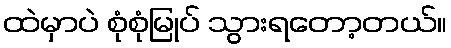
ထဲမှာပဲ စုံစုံမြုပ် သွားရတော့တယ်။